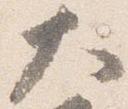
大